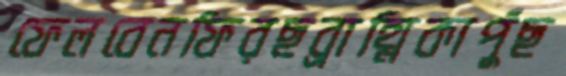
ফেলবেনফিরছব্রাহ্মিকাপুঁছ